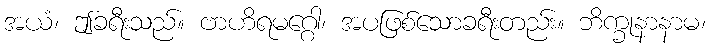
အယံ၊ ဤခရီးသည်။ ဗာဟိရမဂ္ဂေါ၊ အပဖြစ်သောခရီးတည်း။ ဘိက္ခုနာနာမ၊